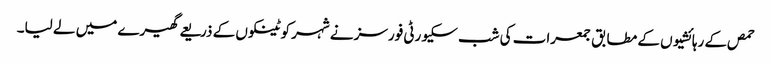
حمص کے رہائشیوں کے مطابق جمعرات کی شب سکیورٹی فورسز نے شہر کو ٹینکوں کے ذریعے گھیرے میں لے لیا۔